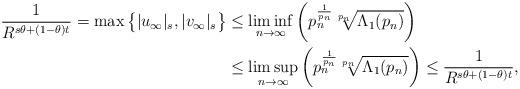
LaTeX: \begin{align*}\frac{1}{R^{s\theta + (1-\theta)t}} = \max\big\{\vert u_\infty \vert_s, \vert v_\infty \vert_s \big\}&\leq \liminf_{n\to \infty}\left( p_n^{\frac{1}{p_n}}\sqrt[p_n]{\Lambda_1(p_n)}\right)\\ &\leq \limsup_{n\to \infty}\left( p_n^{\frac{1}{p_n}}\sqrt[p_n]{\Lambda_1(p_n)}\right) \leq \frac{1}{R^{s\theta + (1-\theta)t}},\end{align*}